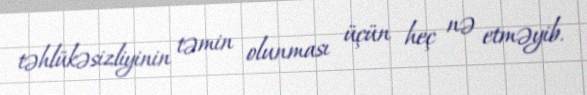
təhlükəsizliyinin təmin olunması üçün heç nə etməyib.